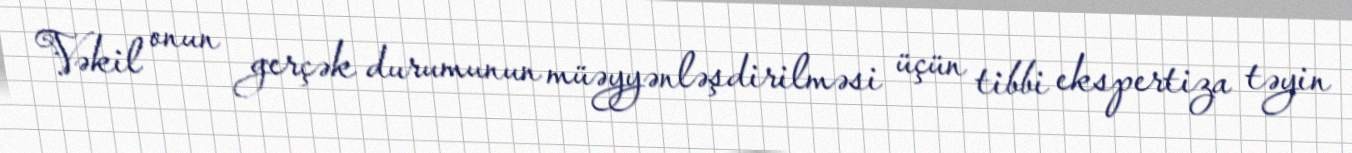
Vəkil onun gerçək durumunun müəyyənləşdirilməsi üçün tibbi ekspertiza təyin